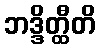
ဘဒ္ဒိတ္ထီတိ